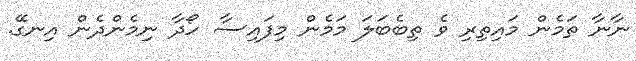
ނާނާ ތަމެން މައިތިރި ވެ ތިބެބަލަ މަމެން މިފައިސާ ހޯދާ ނިމެންދެން އިނގޭ.